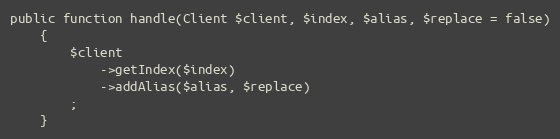
Language: PHP
public function handle(Client $client, $index, $alias, $replace = false)
    {
        $client
            ->getIndex($index)
            ->addAlias($alias, $replace)
        ;
    }